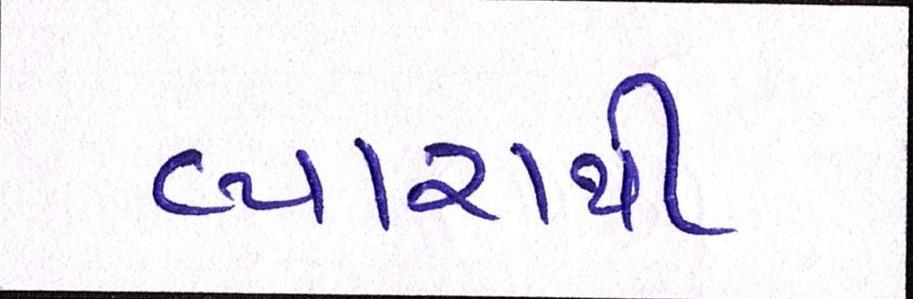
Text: વ્યારાથી